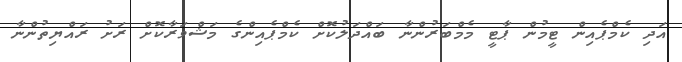
އަދި ކެމްޕެއިން ޓީމުން ޕާޓީ މެމްބަރުންނާ ބައްދަލުކޮށް ކެމްޕެއިންގެ މަޝްވަރާކޮށްްްްް ރަށު ރައްޔިތުންނާ